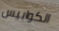
الكوابيس